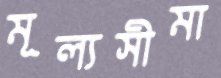
মূল্যসীমা